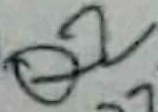
Text: Q2